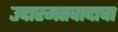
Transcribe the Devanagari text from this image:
उदारमतवादाचा